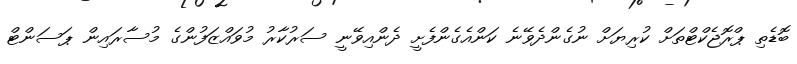
ބޮޑެތި ޕްރޮޖެކްޓްތަށް ކުރިޔަށް ނުގެންދެވޭނެ ކަންއެގެންފެށީ ދެންއިވޭނީ ސަރުކާރު މުވައްޒަފުންގެ މުސާރައިން ޕަސަންޓް